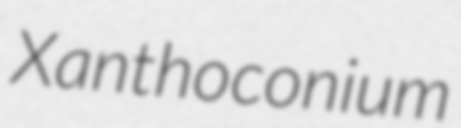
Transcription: Xanthoconium